Annual statistical returns and brief notes on vaccination in Bengal - 1887-1898
Year: 1887
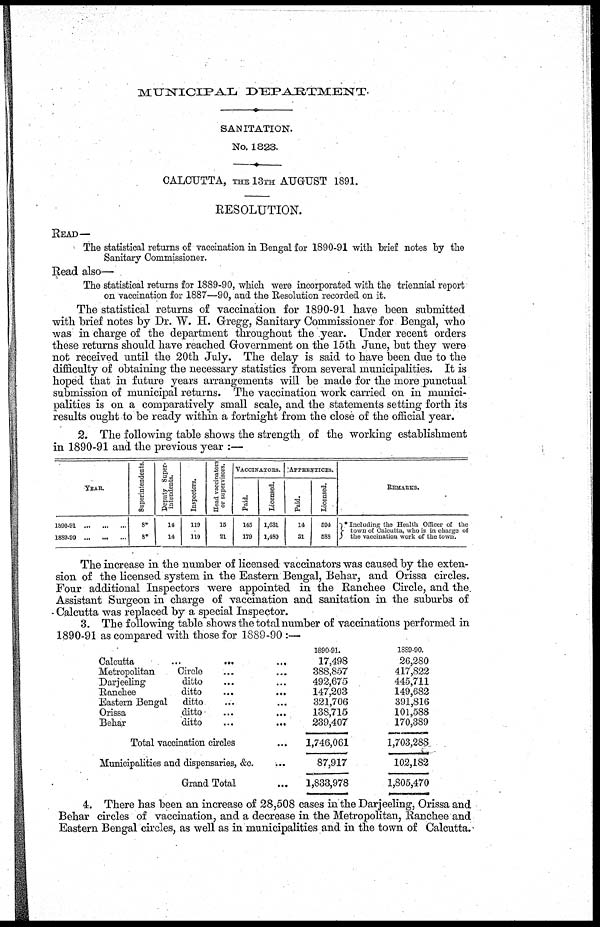
MUNICIPAL DEPARTMENT.
SANITATION.
No. 1823.
CALCUTTA, THE 13TH AUGUST 1891.
RESOLUTION.
READ—
The statistical returns of vaccination in Bengal for 1890-91 with brief notes by the
Sanitary Commissioner.
Read also—
The statistical returns for 1889-90, which were incorporated with the triennial report
on vaccination for 1887—90, and the Resolution recorded on it.
The statistical returns of vaccination for 1890-91 have been submitted
with brief notes by Dr. W. H. Gregg, Sanitary Commissioner for Bengal, who
was in charge of the department throughout the year. Under recent orders
these returns should have reached Government on the 15th June, but they were
not received until the 20th July. The delay is said to have been due to the
difficulty of obtaining the necessary statistics from several municipalities. It is
hoped that in future years arrangements will be made for the more punctual
submission of municipal returns. The vaccination work carried on in munici-
palities is on a comparatively small scale, and the statements setting forth its
results ought to be ready within a fortnight from the close of the official year.
2. The following table shows the strength of the working establishment
in 1890-91 and the previous year :—
YEAR.
1890-91 ... ... ...
1889-90 ... ... ...
Superintendents.
8*
8*
Deputy Super-
intendents.
14
14
Inspectors.
119
110
Head vaccinators
or supervisors.
15
21
VACCINATORS.
Paid.
145
179
Licensed.
1,631
1,480
APPRENTICES.
Paid.
14
31
Licensed.
594
588
REMARKS.
* Including the Health Officer of the
town of Calcutta, who is in charge of
the vaccination work of the town.
The increase in the number of licensed vaccinators was caused by the exten-
sion of the licensed system in the Eastern Bengal, Behar, and Orissa circles.
Four additional Inspectors were appointed in the Ranchee Circle, and the
Assistant Surgeon in charge of vaccination and sanitation in the suburbs of
Calcutta was replaced by a special Inspector.
3. The following table shows the total number of vaccinations performed in
1890-91 as compared with those for 1889-90 :—
Calcutta
...
...
...
Metropolitan
Circle ... ...
Darjeeling
ditto ... ...
Ranchee
ditto
...
...
Eastern Bengal ditto ... ...
Orissa
ditto ... ...
Behar
ditto
...
...
Total vaccination circles ...
Municipalities and dispensaries, &c. ...
Grand Total ...
1890-91.
17,498
388,857
492,675
147,203
321,706
138,715
239,407
1,746,061
87,917
1,833,978
1889-90.
26,280
417,822
445,711
149,682
391,816
101,588
170,389
1,703,288
102,182
1,805,470
4. There has been an increase of 28,508 cases in the Darjeeling, Orissa and
Behar circles of vaccination, and a decrease in the Metropolitan, Ranchee and
Eastern Bengal circles, as well as in municipalities and in the town of Calcutta.